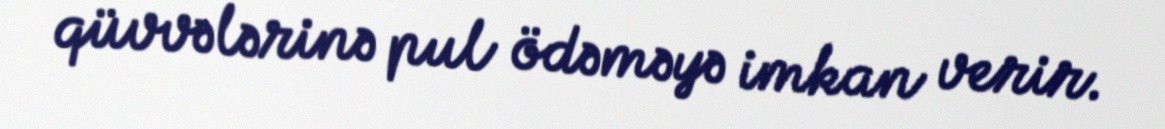
qüvvələrinə pul ödəməyə imkan verir.